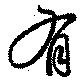
有